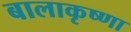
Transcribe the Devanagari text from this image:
बालाकृष्णा